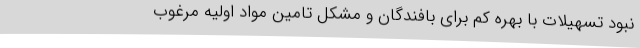
نبود تسهیلات با بهره‌ کم برای بافندگان و مشکل تامین مواد اولیه مرغوب